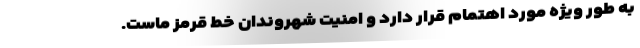
به طور ویژه مورد اهتمام قرار دارد و امنیت شهروندان خط قرمز ماست.